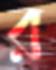
র